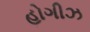
હોગીઝ